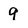
Character: 9